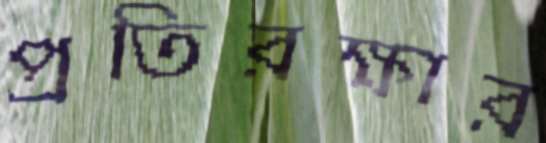
প্রতিরক্ষার